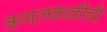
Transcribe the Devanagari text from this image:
कमलकळीची